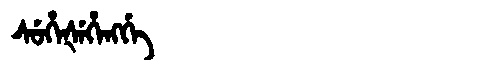
Manchu: ᠰᡠᡥᡝᡧᡝᡥᡝᠩᡤᡝ
Romanization: SUHEŠEHENGGE